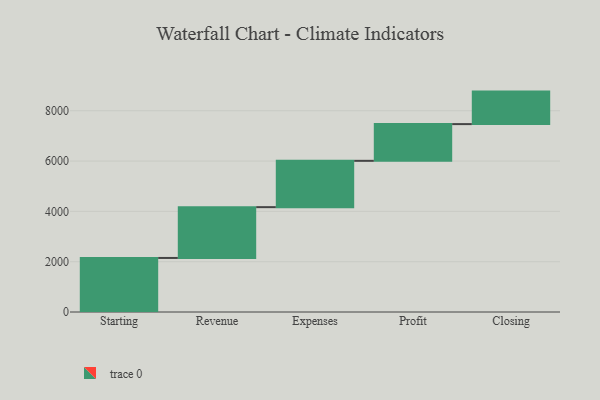
{"axis": {"x": "Step", "y": "Value"}, "legend": [""], "data": [{"x": "Starting", "y": 2148.0, "type": ""}, {"x": "Revenue", "y": 2020.0, "type": ""}, {"x": "Expenses", "y": 1841.0, "type": ""}, {"x": "Profit", "y": 1460.0, "type": ""}, {"x": "Closing", "y": 1292.0, "type": ""}]}